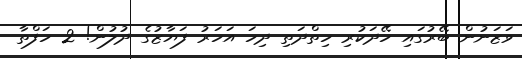
ވަޒަނުން ބޭރުގައި ހޭދަކުރި ހިތްދަތި ދިހަ އަހަރު ފަޔާޒުގެ ދުލުން! 2 ހަފްތާ